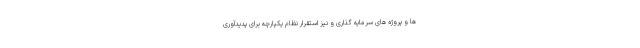
ها و پروژه های سرمایه گذاری و نیز استقرار نظام یکپارچه برای پدیدآوری